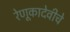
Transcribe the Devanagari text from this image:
रेणूकादेवीचे